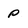
Character: p